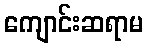
ကျောင်းဆရာမ